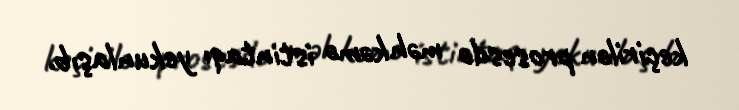
keçirilən prosesdə məhkəmə istintaqı yekunlaşıb.